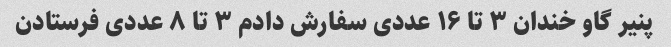
پنیر گاو خندان ۳ تا ۱۶ عددی سفارش دادم ۳ تا ۸ عددی فرستادن